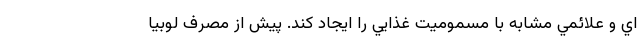
اي و علائمي مشابه با مسموميت غذايي را ايجاد كند. پيش از مصرف لوبيا